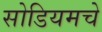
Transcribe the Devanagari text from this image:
सोडियमचे